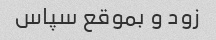
زود و بموقع سپاس